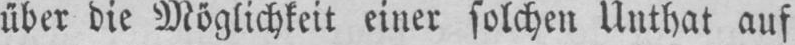
über die Möglichkeit einer solchen Unthat auf